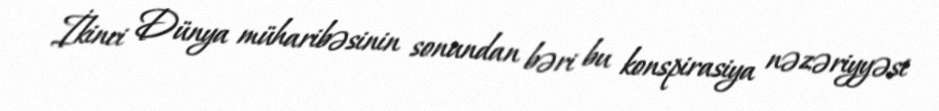
İkinci Dünya müharibəsinin sonundan bəri bu konspirasiya nəzəriyyəsi